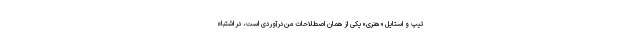
تیپ و استایل «هنری» یکی از همان اصطلاحات من‌درآوردی است، در اشتباه